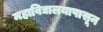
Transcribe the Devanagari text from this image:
महाविद्यालयापासून